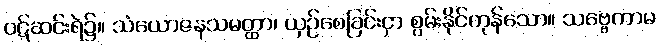
ဝဋ်ဆင်းရဲ၌။ သံယောဇနသမတ္ထာ၊ ယှဉ်စေခြင်းငှာ စွမ်းနိုင်ကုန်သော။ သဗ္ဗေကာမ